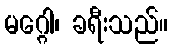
မဂ္ဂေါ၊ ခရီးသည်။